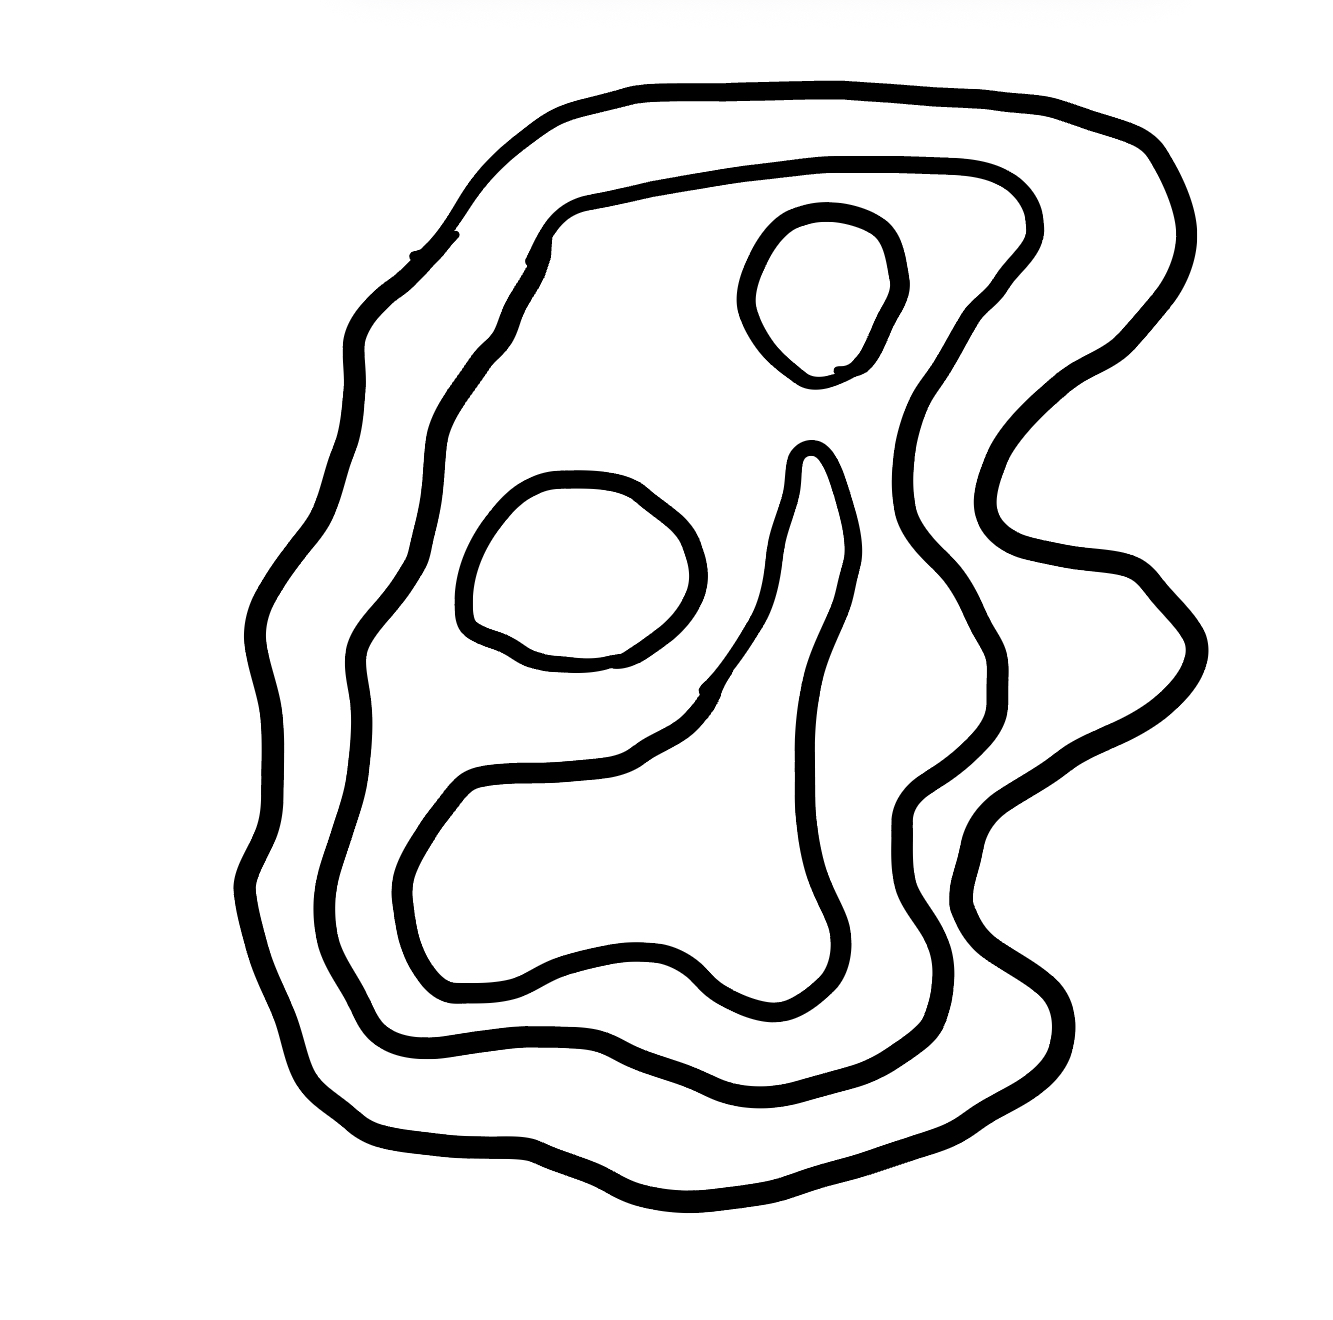
Number of regions (including the outer root region): 6
Containment tree edges (parent, child): 0, 1, 1, 2, 2, 3, 2, 4, 2, 5